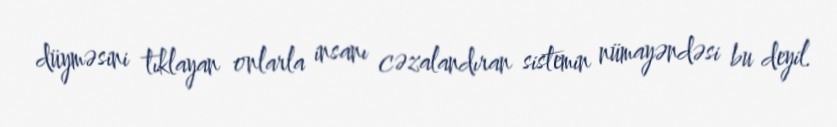
düyməsini tıklayan onlarla insanı cəzalandıran sistemin nümayəndəsi bu deyil.